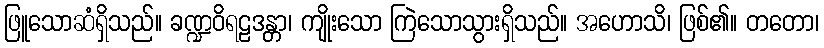
ဖြူသောဆံရှိသည်။ ခဏ္ဍဝိရဠဒန္တာ၊ ကျိုးသော ကြဲသောသွားရှိသည်။ အဟောသိ၊ ဖြစ်၏။ တတော၊